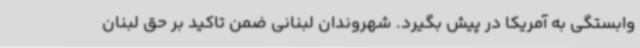
وابستگی به آمریکا در پیش بگیرد. شهروندان لبنانی ضمن تاکید بر حق لبنان